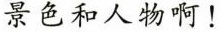
景色和人物啊！